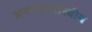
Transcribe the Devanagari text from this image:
अपराधशास्त्रीय